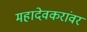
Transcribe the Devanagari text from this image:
महादेवकरांवर